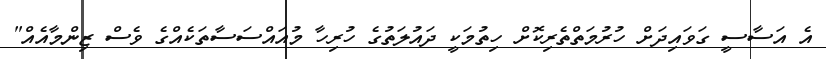
އެ އަސާސީ ގަވައިދަށް ހުރުމަތްތެރިކޮށް ހިތުމަކީ ދައުލަތުގެ ހުރިހާ މުއައްސަސާތަކެއްގެ ވެސް ޒިންމާއެއް"